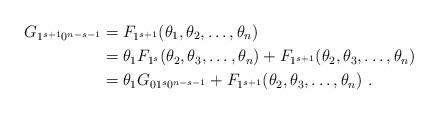
LaTeX: \begin{align*}G_{1^{s+1}0^{n-s-1}} &= F_{1^{s+1}}(\theta_1,\theta_2 ,\ldots,\theta_n) \\&= \theta_1 F_{1^s} (\theta_2, \theta_3, \ldots, \theta_n)+ F_{1^{s+1}}(\theta_2, \theta_3, \ldots, \theta_n) \\&= \theta_1 G_{01^s0^{n-s-1}} + F_{1^{s+1}}(\theta_2, \theta_3, \ldots, \theta_n)~.\end{align*}